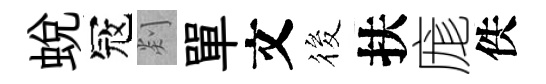
蛻冦剡單文筱扶庬佚